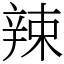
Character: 辣